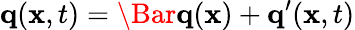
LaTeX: \mathbf{q}(\mathbf{x},t)=\Bar{\mathbf{q}}(\mathbf{x})+\mathbf{q}^{\prime}(\mathbf{x},t)